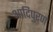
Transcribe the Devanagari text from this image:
आदिपुरण